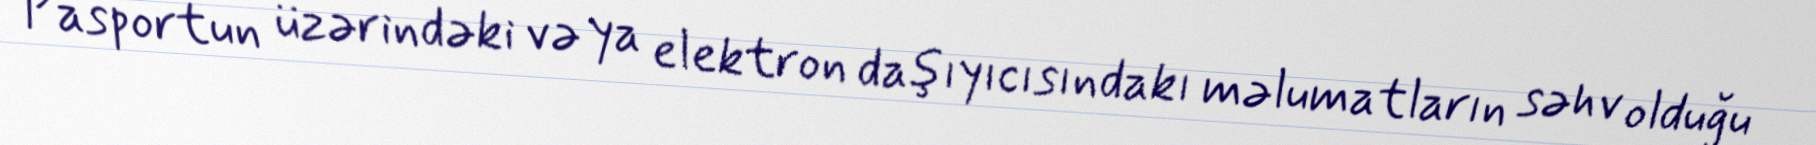
Pasportun üzərindəki və ya elektron daşıyıcısındakı məlumatların səhv olduğu